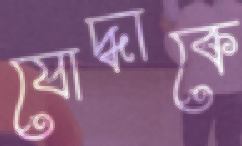
যোদ্ধাকে